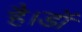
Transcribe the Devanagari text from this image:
है।डॉ